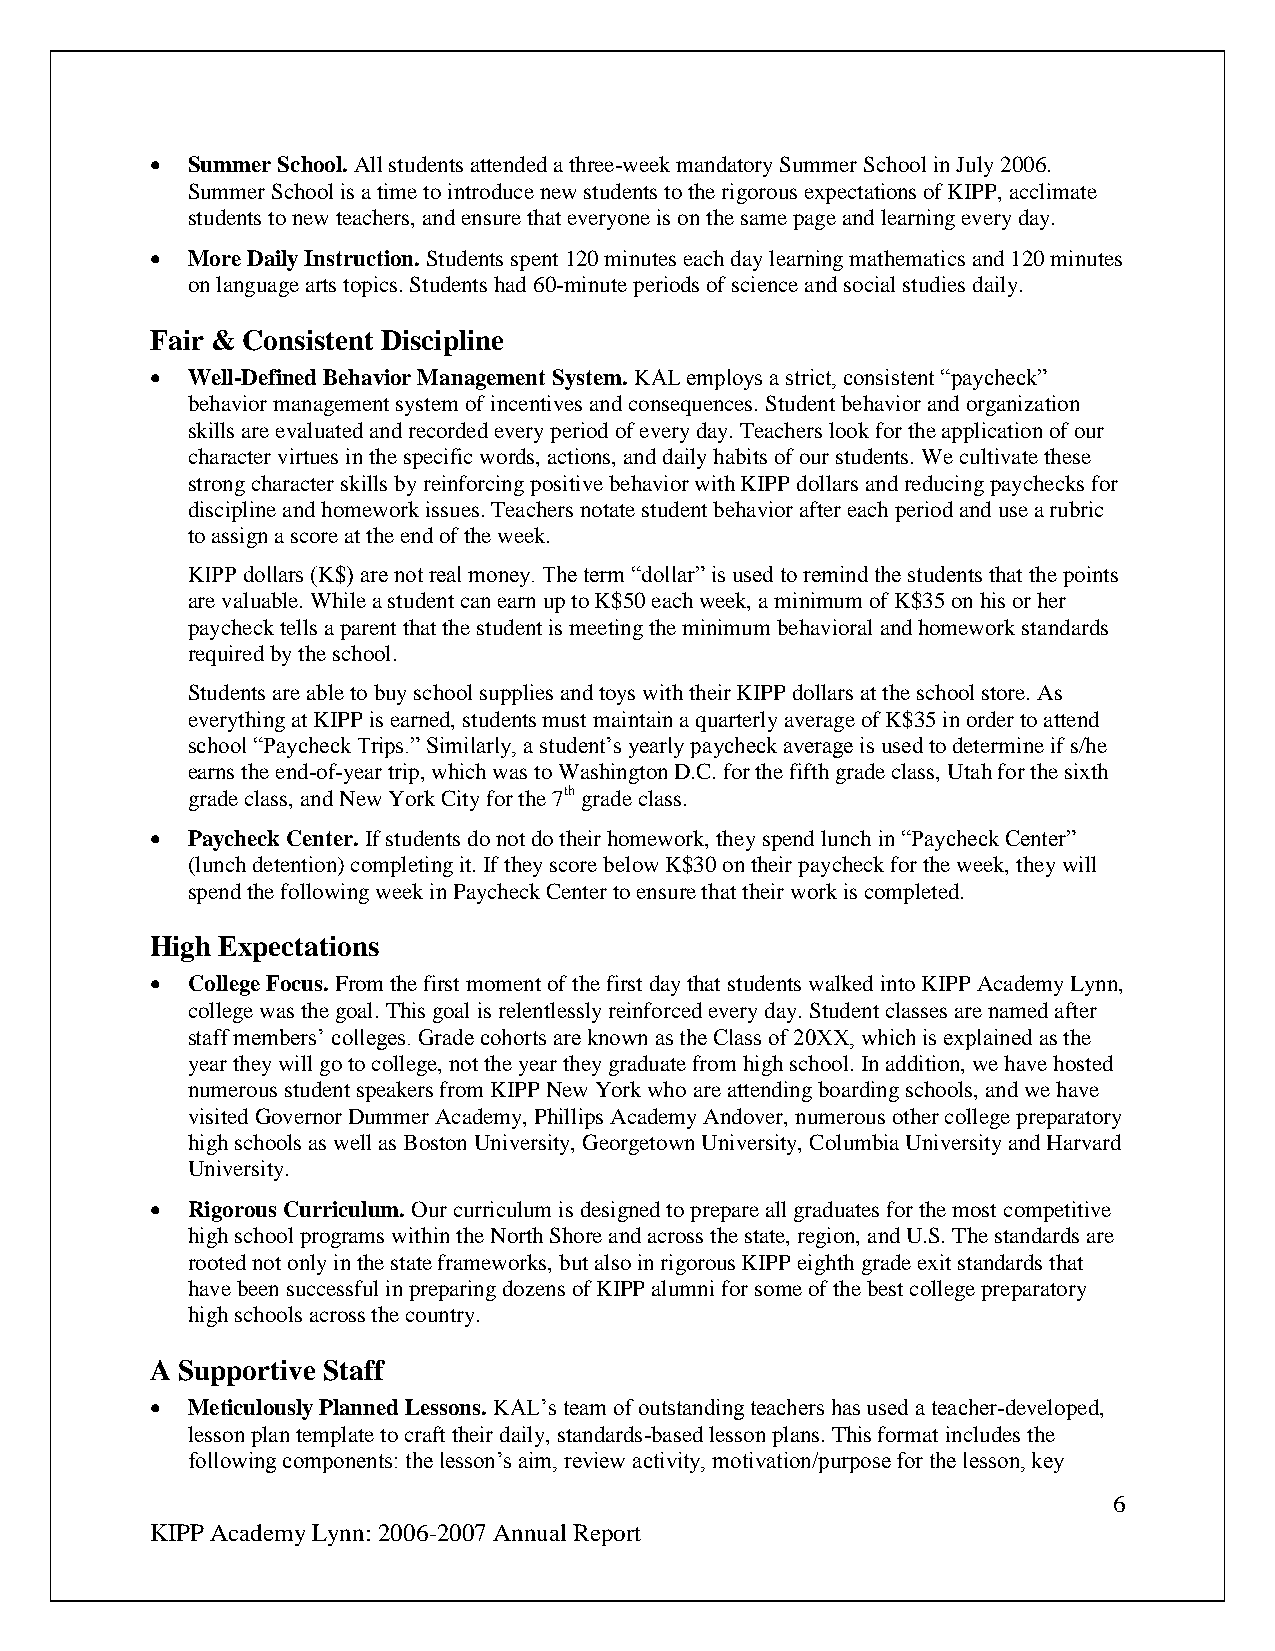
 Summer School. All students attended a three-week mandatory Summer School in July 2006.
 Summer School is a time to introduce new students to the rigorous expectations of KIPP, acclimate
 students to new teachers, and ensure that everyone is on the same page and learning every day.
  More Daily Instruction. Students spent 120 minutes each day learning mathematics and 120 minutes
 on language arts topics. Students had 60-minute periods of science and social studies daily.
 Fair & Consistent Discipline
  Well-Defined Behavior Management System. KAL employs a strict, consistent “paycheck”
 behavior management system of incentives and consequences. Student behavior and organization
 skills are evaluated and recorded every period of every day. Teachers look for the application of our
 character virtues in the specific words, actions, and daily habits of our students. We cultivate these
 strong character skills by reinforcing positive behavior with KIPP dollars and reducing paychecks for
 discipline and homework issues. Teachers notate student behavior after each period and use a rubric
 to assign a score at the end of the week.
 KIPP dollars (K$) are not real money. The term “dollar” is used to remind the students that the points
 are valuable. While a student can earn up to K$50 each week, a minimum of K$35 on his or her
 paycheck tells a parent that the student is meeting the minimum behavioral and homework standards
 required by the school.
 Students are able to buy school supplies and toys with their KIPP dollars at the school store. As
 everything at KIPP is earned, students must maintain a quarterly average of K$35 in order to attend
 school “Paycheck Trips.” Similarly, a student’s yearly paycheck average is used to determine if s/he
 earns the end-of-year trip, which was to Washington D.C. for the fifth grade class, Utah for the sixth
 grade class, and New York City for the 7th grade class.
  Paycheck Center. If students do not do their homework, they spend lunch in “Paycheck Center”
 (lunch detention) completing it. If they score below K$30 on their paycheck for the week, they will
 spend the following week in Paycheck Center to ensure that their work is completed.
 High Expectations
  College Focus. From the first moment of the first day that students walked into KIPP Academy Lynn,
 college was the goal. This goal is relentlessly reinforced every day. Student classes are named after
 staff members’ colleges. Grade cohorts are known as the Class of 20XX, which is explained as the
 year they will go to college, not the year they graduate from high school. In addition, we have hosted
 numerous student speakers from KIPP New York who are attending boarding schools, and we have
 visited Governor Dummer Academy, Phillips Academy Andover, numerous other college preparatory
 high schools as well as Boston University, Georgetown University, Columbia University and Harvard
 University.
  Rigorous Curriculum. Our curriculum is designed to prepare all graduates for the most competitive
 high school programs within the North Shore and across the state, region, and U.S. The standards are
 rooted not only in the state frameworks, but also in rigorous KIPP eighth grade exit standards that
 have been successful in preparing dozens of KIPP alumni for some of the best college preparatory
 high schools across the country.
 A Supportive Staff
  Meticulously Planned Lessons. KAL’s team of outstanding teachers has used a teacher-developed,
 lesson plan template to craft their daily, standards-based lesson plans. This format includes the
 following components: the lesson’s aim, review activity, motivation/purpose for the lesson, key
 6
 KIPP Academy Lynn: 2006-2007 Annual Report